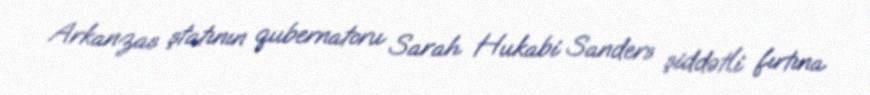
Arkanzas ştatının qubernatoru Sarah Hukabi Sanders şiddətli fırtına